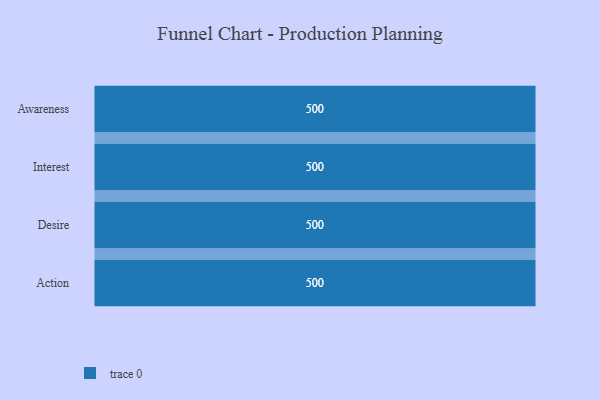
{"axis": {"x": "Stage", "y": "Value"}, "legend": [""], "data": [{"x": "Awareness", "y": 500, "type": ""}, {"x": "Interest", "y": 500, "type": ""}, {"x": "Desire", "y": 500, "type": ""}, {"x": "Action", "y": 500, "type": ""}]}